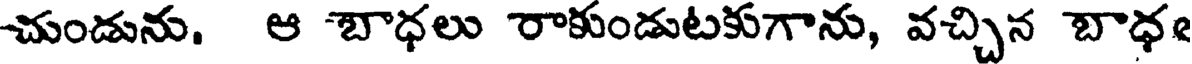
చుండును. ఆ బాధలు రాకుండుటకుగాను, వచ్చిన బాధ